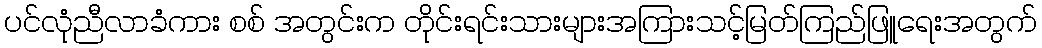
ပင်လုံညီလာခံကား စစ် အတွင်းက တိုင်းရင်းသားများအကြားသင့်မြတ်ကြည်ဖြူရေးအတွက်